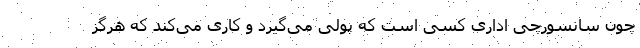
چون سانسورچی اداری کسی است که پولی می‌گیرد و کاری می‌کند که هرگز